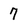
Character: 7